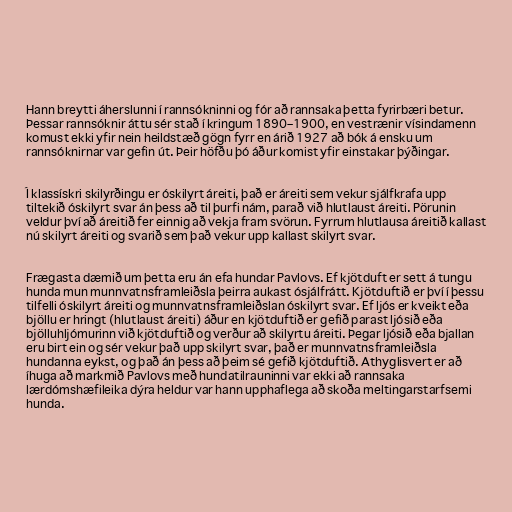
Hann breytti áherslunni í rannsókninni og fór að rannsaka þetta fyrirbæri betur.
Þessar rannsóknir áttu sér stað í kringum 1890–1900, en vestrænir vísindamenn
komust ekki yfir nein heildstæð gögn fyrr en árið 1927 að bók á ensku um
rannsóknirnar var gefin út. Þeir höfðu þó áður komist yfir einstakar þýðingar.

Í klassískri skilyrðingu er óskilyrt áreiti, það er áreiti sem vekur sjálfkrafa upp
tiltekið óskilyrt svar án þess að til þurfi nám, parað við hlutlaust áreiti. Pörunin
veldur því að áreitið fer einnig að vekja fram svörun. Fyrrum hlutlausa áreitið kallast
nú skilyrt áreiti og svarið sem það vekur upp kallast skilyrt svar.

Frægasta dæmið um þetta eru án efa hundar Pavlovs. Ef kjötduft er sett á tungu
hunda mun munnvatnsframleiðsla þeirra aukast ósjálfrátt. Kjötduftið er því í þessu
tilfelli óskilyrt áreiti og munnvatnsframleiðslan óskilyrt svar. Ef ljós er kveikt eða
bjöllu er hringt (hlutlaust áreiti) áður en kjötduftið er gefið parast ljósið eða
bjölluhljómurinn við kjötduftið og verður að skilyrtu áreiti. Þegar ljósið eða bjallan
eru birt ein og sér vekur það upp skilyrt svar, það er munnvatnsframleiðsla
hundanna eykst, og það án þess að þeim sé gefið kjötduftið. Athyglisvert er að
íhuga að markmið Pavlovs með hundatilrauninni var ekki að rannsaka
lærdómshæfileika dýra heldur var hann upphaflega að skoða meltingarstarfsemi
hunda.